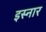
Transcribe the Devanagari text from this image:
इस्नार